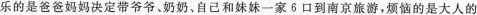
乐的是爸爸妈妈决定带爷爷。奶奶、自己和妹妹一家6口到南京旅游，烦恼的是大人的